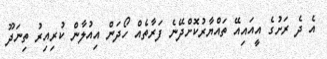
އެ ދެ ރަަށުގެ އީއައިއޭ ތައްޔާރުކޮށްދޭނެ ފަރާތެއް ހޯދަން އިއުލާން ކުރިއިރު ތިނަދޫ